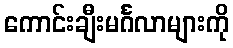
ကောင်းချီးမင်္ဂလာများကို